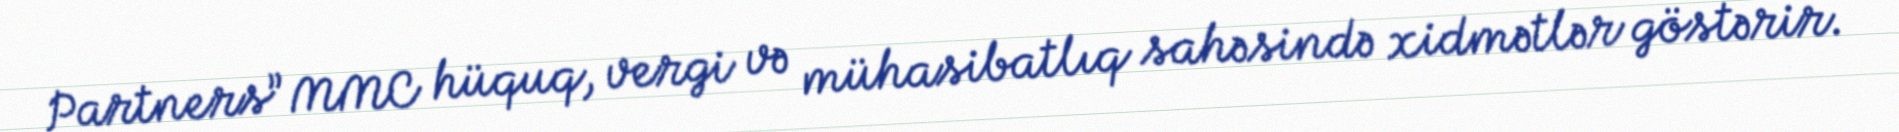
Partners” MMC hüquq, vergi və mühasibatlıq sahəsində xidmətlər göstərir.